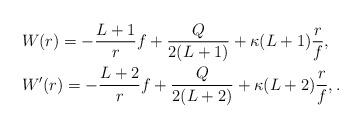
LaTeX: \begin{align*} &W(r) = - \frac{L+1}{r}f + \frac{Q}{2(L+1)} + \kappa(L+1) \frac{r}{f}, \\ &W'(r) = - \frac{L+2}{r}f + \frac{Q}{2(L+2)} + \kappa(L+2) \frac{r}{f},. \end{align*}